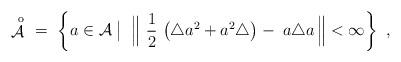
LaTeX: \begin{align*}\displaystyle\mathop{{\mathcal A}}^{\;\,\rm o}\ = \ \left\{ a \in {\mathcal A} \bigm|\; \Big\| \ \frac 1 2 \, \left( \triangle a^2 + a^2 \triangle\right) - \; a\triangle a\, \Big\| < \infty \right\} \ ,\end{align*}